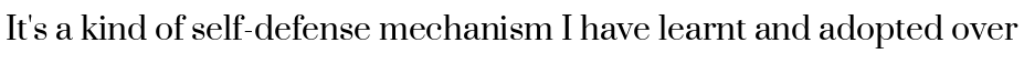
It's a kind of self-defense mechanism I have learnt and adopted over